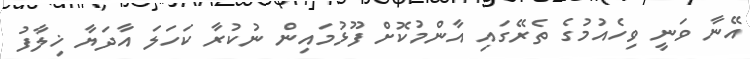
އޭނާ ވަނީ ވިހެއުމުގެ ތެރޭގައި އާންމުކޮށް ފޫޅުމައިން ނުކުރާ ކަހަލަ އާދަޔާ ޚިލާފު